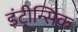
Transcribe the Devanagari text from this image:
इंट्रीन्सिक